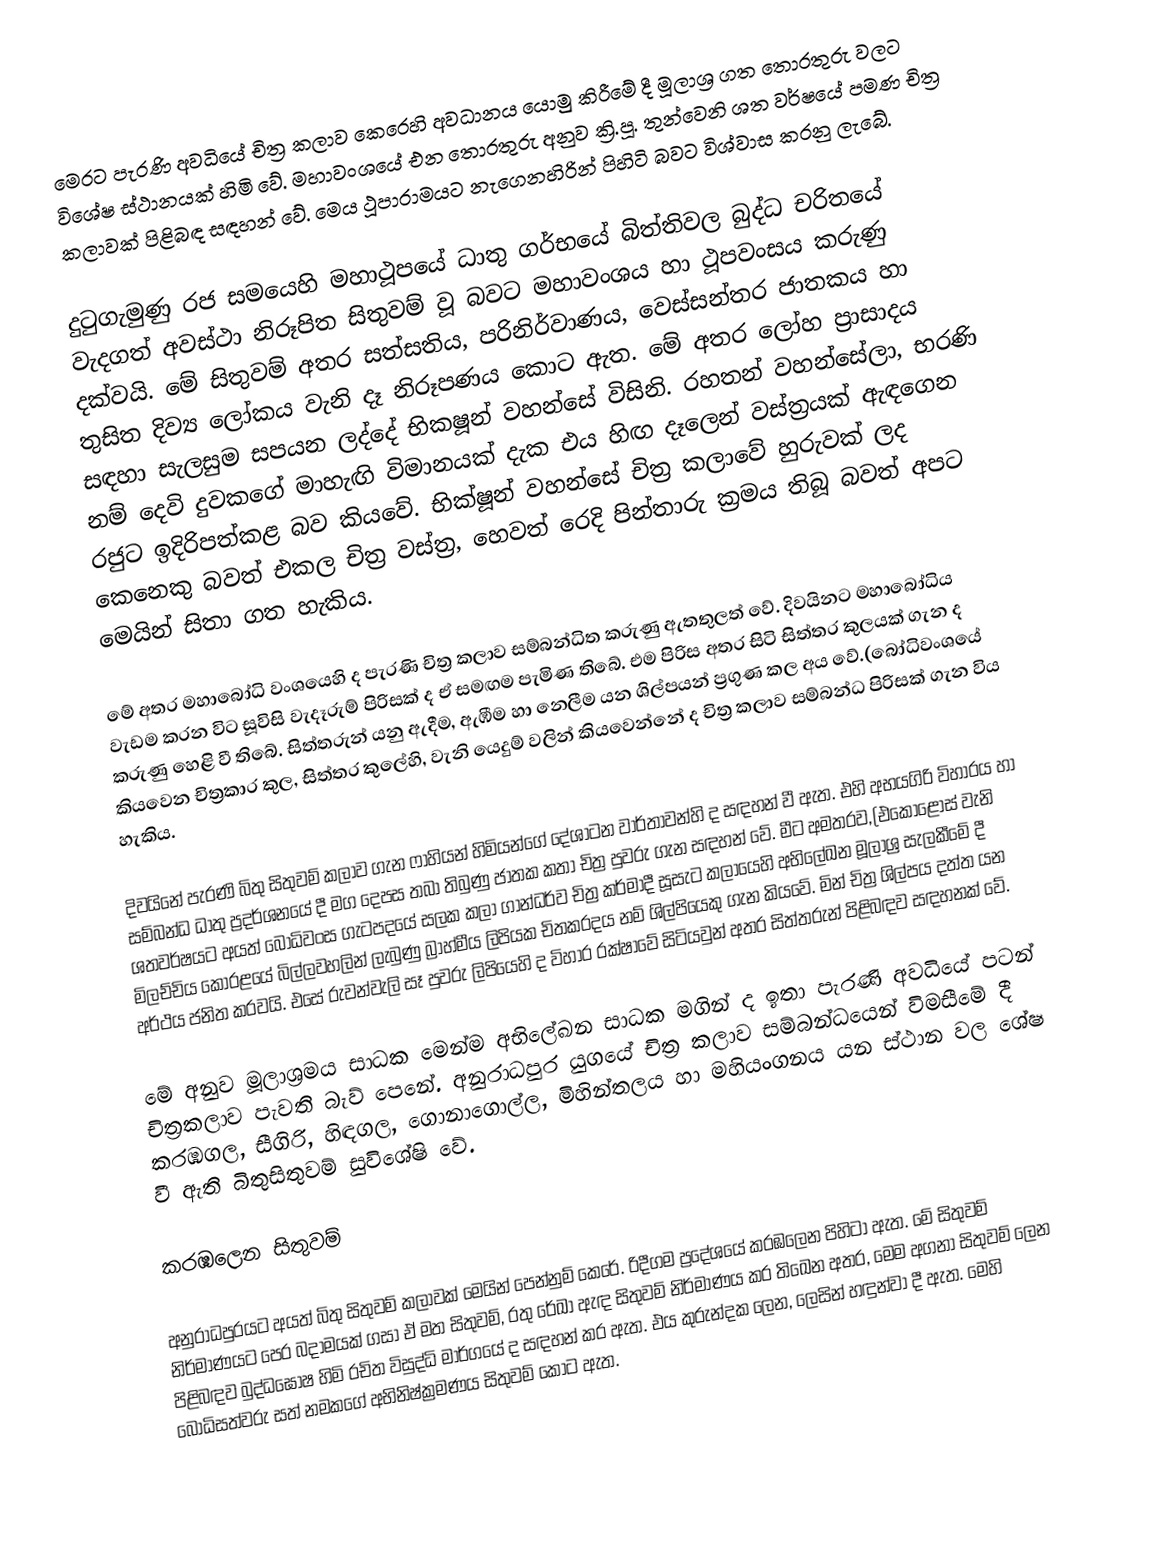
මෙරට පැරණි අවධියේ චිත්‍ර කලාව කෙරෙහි අවධානය යොමු කිරීමේ දී මූලාශ්‍ර ගත තොරතුරු වලට විශේෂ ස්ථානයක් හිමි වේ. මහාවංශයේ එන තොරතුරු අනුව ක්‍රි.පූ. තුන්වෙනි ශත වර්ෂයේ පමණ චිත්‍ර කලාවක් පිළිබඳ සඳහන් වේ. මෙය ථූපාරාමයට නැගෙනහිරින් පිහිටි  බවට විශ්වාස කරනු ලැබේ.

දුටුගැමුණු රජ සමයෙහි මහාථූපයේ ධාතු ගර්භයේ බිත්තිවල බුද්ධ චරිතයේ වැදගත් අවස්ථා නිරූපිත සිතුවම් වූ බවට මහාවංශය හා ථූපවංසය කරුණු දක්වයි. මේ සිතුවම් අතර සත්සතිය, පරිනිර්වාණය, වෙස්සන්තර ජාතකය හා තුසිත දිව්‍ය ලෝකය වැනි දෑ නිරූපණය කොට ඇත. මේ අතර ලෝහ ප්‍රාසාදය සඳහා සැලසුම සපයන ලද්දේ භිකෂූන් වහන්සේ විසිනි. රහතන් වහන්සේලා, භරණි නම් දෙවි දුවකගේ මාහැඟි විමානයක් දැක එය හිඟ දෑලෙන් වස්ත්‍රයක් ඇඳගෙන රජුට ඉදිරිපත්කළ බව කියවේ.  භික්ෂූන් වහන්සේ චිත්‍ර කලාවේ හුරුවක් ලද කෙනෙකු බවත් එකල චිත්‍ර වස්ත්‍ර, හෙවත් රෙදි පින්තාරු ක්‍රමය තිබූ බවත් අපට මෙයින් සිතා ගත හැකිය.

මේ  අතර මහාබෝධි වංශයෙහි ද පැරණි චිත්‍ර කලාව සම්බන්ධිත කරුණු ඇතතුලත් වේ. දිවයිනට මහාබෝධිය වැඩම කරන විට සූවිසි වැදෑරුම් පිරිසක් ද ඒ සමඟම පැමිණ තිබේ. එම පිරිස අතර සිටි සිත්තර කුලයක් ගැන ද කරුණු හෙළි වී තිබේ. සිත්තරුන් යනු ඇදීම, ඇඹීම හා නෙලීම යන ශිල්පයන් ප්‍රගුණ කල අය වේ.(බෝධිවංශයේ කියවෙන චිත්‍රකාර කුල, සිත්තර කුලේහි, වැනි යෙදුම් වලින් කියවෙන්නේ ද චිත්‍ර කලාව සම්බන්ධ පිරිසක් ගැන විය හැකිය.

දිවයිනේ පැරණි බිතු සිතුවම් කලාව ගැන ෆාහියන් හිමියන්ගේ දේශාටන වාර්තාවන්හි ද සඳහන් වී ඇත. එහි අභයගිරි විහාරය හා සම්බන්ධ ධාතු ප්‍රදර්ශනයේ දී මග දෙපස තබා තිබුණු ජාතක කතා චිත්‍ර පුවරු ගැන සඳහන් වේ. මීට අමතරව,(එකොළොස් වැනි ශතවර්ෂයට අයත් බෝධිවංස ගැටපදයේ සලක කලා ගාන්ධර්ව චිත්‍ර කර්මාදී  සූසැට කලායෙහි අභිලේඛන මූලාශ්‍ර සැලකීමේ දී මිලච්චිය කෝරළයේ බිල්ලවහලින් ලැබුණු බ්‍රාහ්මීය ලිපියක චිතකරදය නම් ශිල්පියෙකු ගැන කියවේ. මින් චිත්‍ර ශිල්පය දත්ත යන අර්ථය ජනිත කරවයි. එසේ රුවන්වැලි සෑ පුවරු ලිපියෙහි ද විහාර රක්ෂාවේ සිටියවුන් අතර සිත්තරුන් පිළිබඳව සඳහනක් වේ.

මේ  අනුව මූලාශ්‍රමය සාධක මෙන්ම අභිලේඛන සාධක මගින් ද ඉතා පැරණි අවධියේ පටන් චිත්‍රකලාව පැවති බැව් පෙනේ. අනුරාධපුර යුගයේ චිත්‍ර කලාව සම්බන්ධයෙන් විමසීමේ දී කරඹගල, සීගිරි, හිඳගල, ගොනාගොල්ල, මිහින්තලය හා මහියංගනය යන ස්ථාන වල ශේෂ වී ඇති බිතුසිතුවම් සුවිශේෂි වේ.

කරඹලෙන සිතුවම්

අනුරාධපුරයට අයත් බිතු සිතුවම් කලාවක් මෙයින් පෙන්නුම් කෙරේ. රිදීගම ප්‍රදේශයේ කරඹලෙන පිහිටා ඇත. මේ  සිතුවම් නිර්මාණයට පෙර බදාමයක් ගසා ඒ මත සිතුවම්, රතු රේඛා ඇඳ සිතුවම් නිර්මාණය කර තිඛෙන අතර, මෙම අගනා සිතුවම් ලෙන පිළිබඳව බුද්ධඝෝෂ හිමි රචිත විසුද්ධි මාර්ගයේ ද සඳහන් කර ඇත. එය කුරුන්දක ලෙන, ලෙසින් හඳුන්වා දී ඇත. මෙහි බෝධිසත්වරු සත් නමකගේ අභිනිෂ්ක්‍රමණය සිතුවම් කොට ඇත.